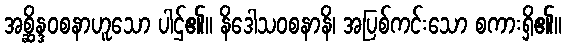
အစ္ဆိန္ဒဝစနာဟူသော ပါဌ်၏။ နိဒေါသဝစနာနိ၊ အပြစ်ကင်းသော စကားရှိ၏။